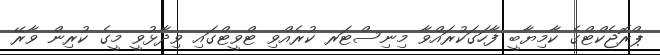
ޕްރޮޖެކްޓްގެ ކާމިޔާބީ ފާހަގަކުރައްވާ މިނިސްޓަރ ކުރެއްވި ޓްވީޓްގައި ވިދާޅުވީ މީގެ ކުރިން ވާރޭ